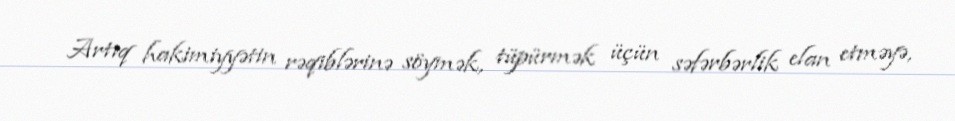
Artıq hakimiyyətin rəqiblərinə söymək, tüpürmək üçün səfərbərlik elan etməyə,